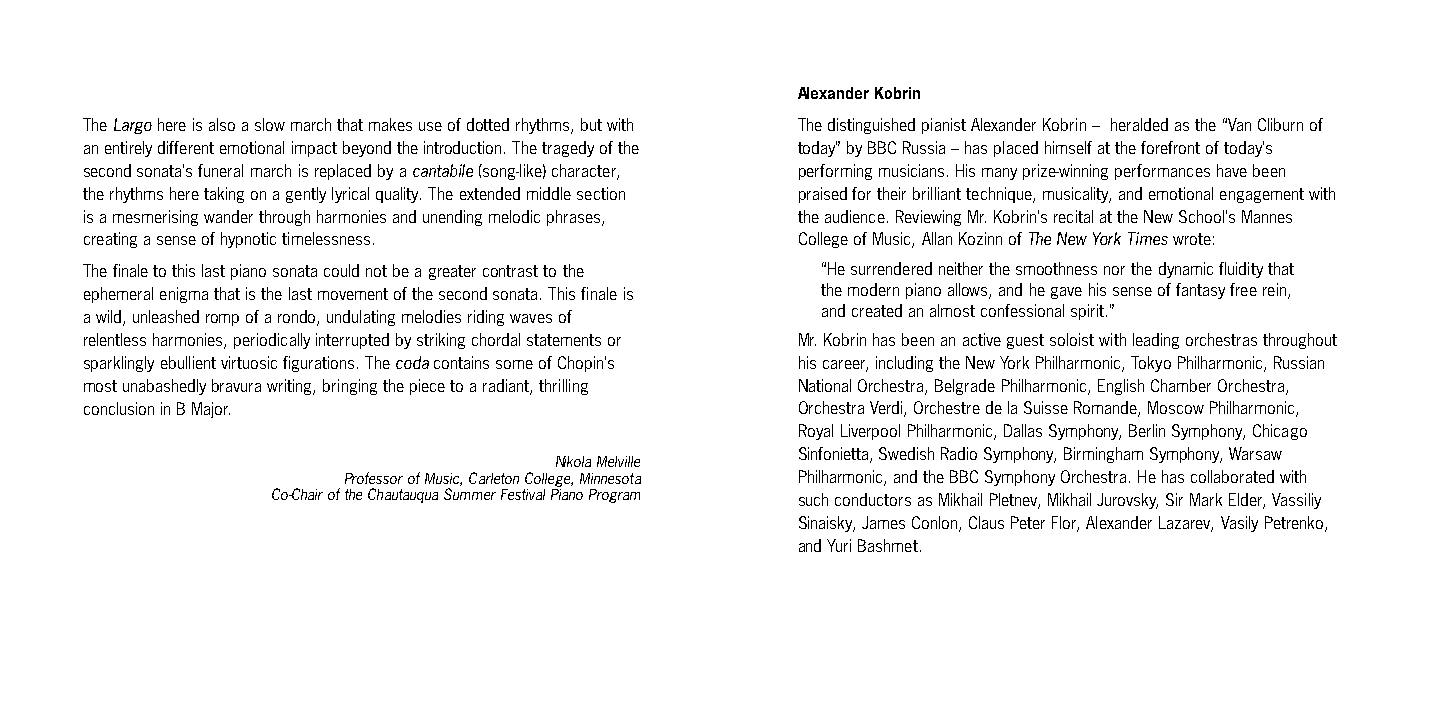
Alexander Kobrin
 The Largo here is also a slow march that makes use of dotted rhythms, but with The distinguished pianist Alexander Kobrin – heralded as the “Van Cliburn of
 an entirely different emotional impact beyond the introduction. The tragedy of the today” by BBC Russia – has placed himself at the forefront of today’s
 second sonata’s funeral march is replaced by a cantabile (song-like) character, performing musicians. His many prize-winning performances have been
 the rhythms here taking on a gently lyrical quality. The extended middle section praised for their brilliant technique, musicality, and emotional engagement with
 is a mesmerising wander through harmonies and unending melodic phrases, the audience. Reviewing Mr. Kobrin’s recital at the New School’s Mannes
 creating a sense of hypnotic timelessness.      College of Music, Allan Kozinn of The New York Times wrote:
 The finale to this last piano sonata could not be a greater contrast to the “He surrendered neither the smoothness nor the dynamic fluidity that
 ephemeral enigma that is the last movement of the second sonata. This finale is the modern piano allows, and he gave his sense of fantasy free rein,
 a wild, unleashed romp of a rondo, undulating melodies riding waves of and created an almost confessional spirit.”
 relentless harmonies, periodically interrupted by striking chordal statements or Mr. Kobrin has been an active guest soloist with leading orchestras throughout
 sparklingly ebullient virtuosic figurations. The coda contains some of Chopin’s his career, including the New York Philharmonic, Tokyo Philharmonic, Russian
 most unabashedly bravura writing, bringing the piece to a radiant, thrilling National Orchestra, Belgrade Philharmonic, English Chamber Orchestra,
 conclusion in B Major.                          Orchestra Verdi, Orchestre de la Suisse Romande, Moscow Philharmonic,
 Royal Liverpool Philharmonic, Dallas Symphony, Berlin Symphony, Chicago
 Sinfonietta, Swedish Radio Symphony, Birmingham Symphony, Warsaw
 Nikola Melville
 Professor of Music, Carleton College, Minnesota Philharmonic, and the BBC Symphony Orchestra. He has collaborated with
 Co-Chair of the Chautauqua Summer Festival Piano Program such conductors as Mikhail Pletnev, Mikhail Jurovsky, Sir Mark Elder, Vassiliy
 Sinaisky, James Conlon, Claus Peter Flor, Alexander Lazarev, Vasily Petrenko,
 and Yuri Bashmet.